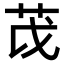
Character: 𫇮